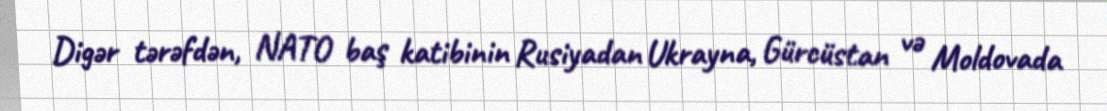
Digər tərəfdən, NATO baş katibinin Rusiyadan Ukrayna, Gürcüstan və Moldovada